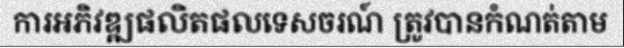
ការអភិវឌ្ឍផលិតផលទេសចរណ៍ ត្រូវបានកំណត់តាម